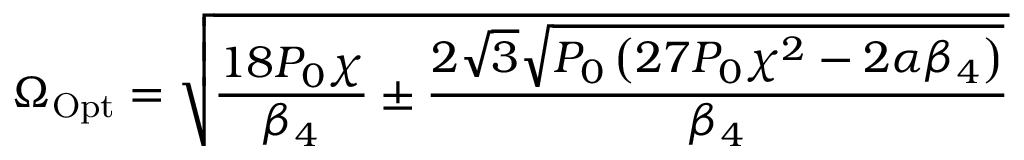
\Omega _ { \mathrm { O p t } } = \sqrt { \frac { 1 8 P _ { 0 } \chi } { \beta _ { 4 } } \pm \frac { 2 \sqrt { 3 } \sqrt { P _ { 0 } \left( 2 7 P _ { 0 } \chi ^ { 2 } - 2 \alpha \beta _ { 4 } \right) } } { \beta _ { 4 } } }